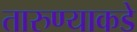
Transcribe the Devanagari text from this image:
तारुण्याकडे